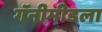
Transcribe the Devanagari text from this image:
गॅनीमीडला